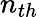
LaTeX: n_{th}